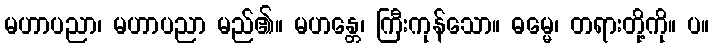
မဟာပညာ၊ မဟာပညာ မည်၏။ မဟန္တေ၊ ကြီးကုန်သော။ ဓမ္မေ၊ တရားတို့ကို။ ပ။